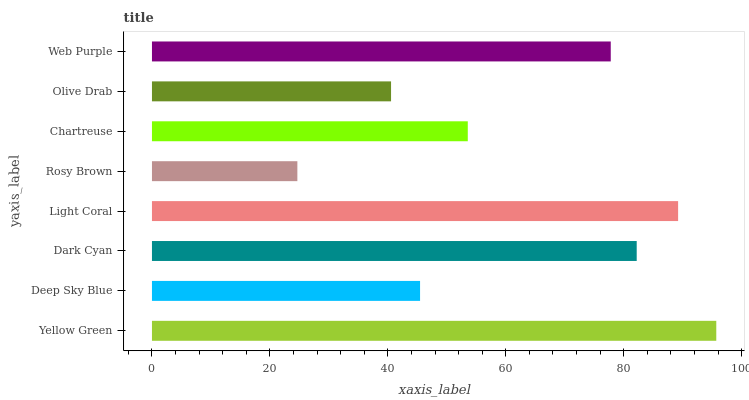
| yaxis_label | bars |
 | --- | --- |
 | Yellow Green | 95.7 |
 | Deep Sky Blue | 45.5 |
 | Dark Cyan | 82.2 |
 | Light Coral | 89.2 |
 | Rosy Brown | 24.7 |
 | Chartreuse | 53.6 |
 | Olive Drab | 40.5 |
 | Web Purple | 77.8 |